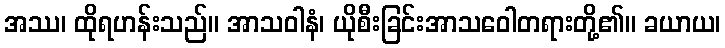
အဿ၊ ထိုရဟန်းသည်။ အာသဝါနံ၊ ယိုစီးခြင်းအာသဝေါတရားတို့၏။ ခယာယ၊